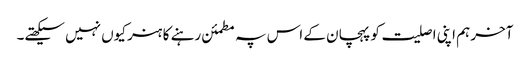
آخر ہم اپنی اصلیت کو پہچان کے اس پہ مطمئن رہنے کا ہنر کیوں نہیں سیکھتے۔